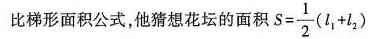
比梯形面积公式，他猜想花坛的面积 $$S = \frac { 1 } { 2 } ( l _ { 1 } + l _ { 2 } )$$